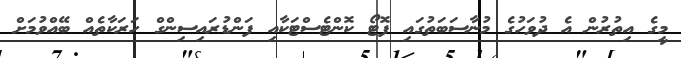
މީގެ އިތުރުން އެ ދުވަހުގެ މުނާސަބަތުގައި ފޮޓޯ ކޮންޓެސްޓަކާއި ފަންޑުރައިސިންގް ހަރަކާތެއް ބޭއްވުމަށް